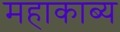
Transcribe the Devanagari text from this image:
महाकाब्‍य